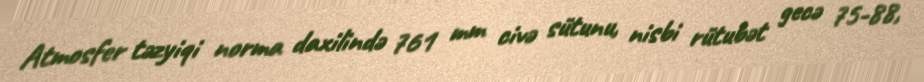
Atmosfer təzyiqi norma daxilində 761 mm civə sütunu, nisbi rütubət gecə 75-88,